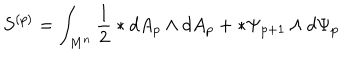
LaTeX: S ^ { ( p ) } = \int _ { M ^ { n } } ^ { } { \frac { 1 } { 2 } } \ast d A _ { p } \wedge d A _ { p } + \ast \Psi _ { p + 1 } \wedge d \Psi _ { p }